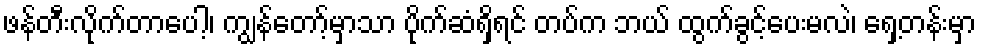
ဖန်တီးလိုက်တာပေါ့၊ ကျွန်တော့်မှာသာ ပိုက်ဆံရှိရင် တပ်က ဘယ် ထွက်ခွင့်ပေးမလဲ၊ ရှေ့တန်းမှာ